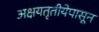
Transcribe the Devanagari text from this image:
अक्षयतृतीयेपासून